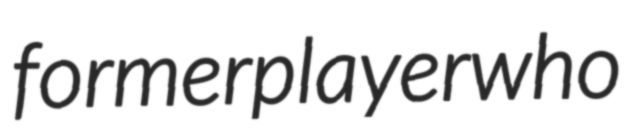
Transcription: former player who